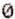
0